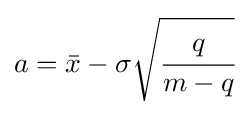
a={\bar {x}}-\sigma {\sqrt {\cfrac {q}{m-q}}}